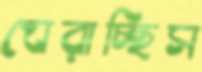
ঘেরাচ্ছিস